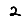
Digit: 2